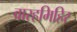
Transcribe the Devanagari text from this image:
वारहमिहिर